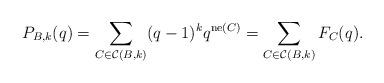
LaTeX: \begin{align*}P_{B,k}(q) = \sum_{C\in\mathcal{C}(B,k)} (q-1)^{k} q^{\mathrm{ne}(C)}= \sum_{C\in\mathcal{C}(B,k)} F_C(q). \end{align*}